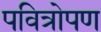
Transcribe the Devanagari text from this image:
पवित्रोपण